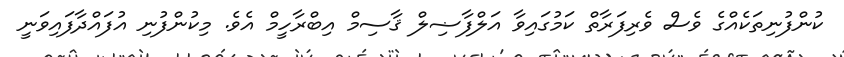
ކުންފުނިތަކެއްގެ ވެސް ވެރިފަރާތް ކަމުގައިވާ އަލްފާޟިލް ޤާސިމް އިބްރާހީމް އެވެ. މިކުންފުނި އުފައްދާފައިވަނީ